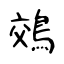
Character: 鵁